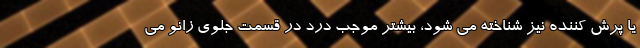
یا پرش کننده نیز شناخته می شود، بیشتر موجب درد در قسمت جلوی زانو می